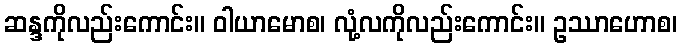
ဆန္ဒကိုလည်းကောင်း။ ဝါယာမောစ၊ လုံ့လကိုလည်းကောင်း။ ဥဿာဟောစ၊